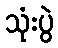
သုံးပွဲ